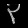
Digit: ၃